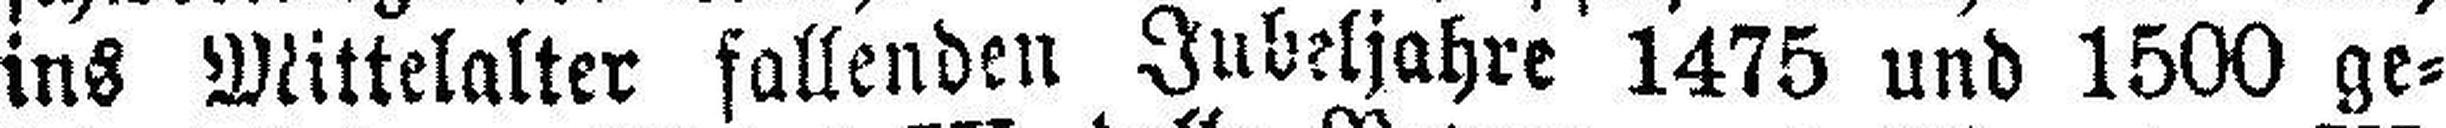
ins Mittelalter fallenden Jubeljahre 1475 und 1500 ge¬